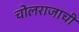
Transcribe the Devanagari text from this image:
चोलराजाची